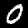
Digit: 0